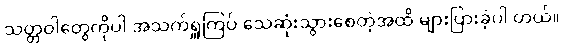
သတ္တဝါတွေကိုပါ အသက်ရှူကြပ် သေဆုံးသွားစေတဲ့အထိ များပြားခဲ့ပါ တယ်။